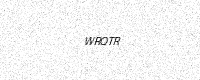
Text: WRQTR